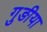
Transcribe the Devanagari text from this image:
गुङीया